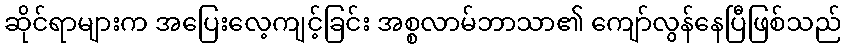
ဆိုင်ရာများက အပြေးလေ့ကျင့်ခြင်း အစ္စလာမ်ဘာသာ၏ ကျော်လွန်နေပြီဖြစ်သည်